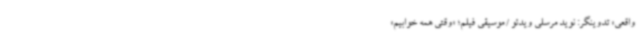
واقعی» تدوینگر: نوید مرسلی ویدئو / موسیقی فیلم؛ «وقتی همه خوابیم»